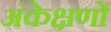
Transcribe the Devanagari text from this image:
अंकेक्षणों